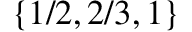
\{ 1 / 2 , 2 / 3 , 1 \}